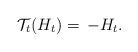
LaTeX: \begin{align*}\mathcal{T}_t (H_t)=\,-H_t.\end{align*}